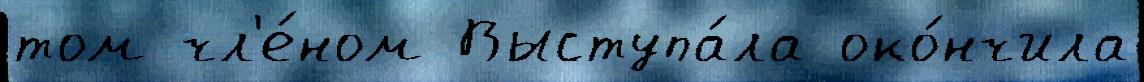
том чл'е́ном Выступа́ла око́нчила